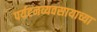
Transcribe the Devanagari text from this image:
पर्यटनव्यवसायाच्या